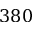
3 8 0